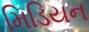
મિડિયન